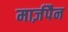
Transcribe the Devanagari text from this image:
मार्ज़पैन